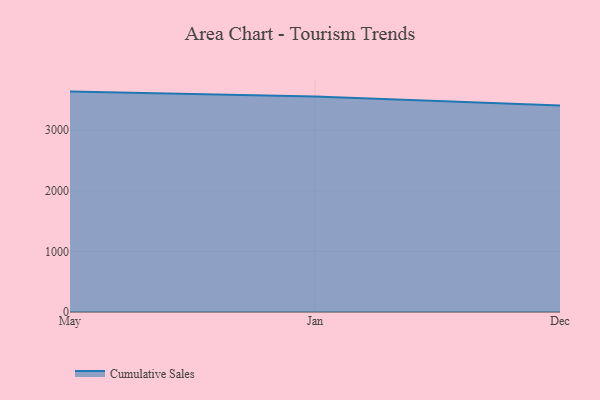
{"axis": {"x": "Month", "y": "Conversion Rate (%)"}, "legend": ["Cumulative Sales"], "data": [{"x": "May", "y": 3634.8, "type": "Cumulative Sales"}, {"x": "Jan", "y": 3554.0, "type": "Cumulative Sales"}, {"x": "Dec", "y": 3403.8, "type": "Cumulative Sales"}]}